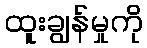
ထူးချွန်မှုကို